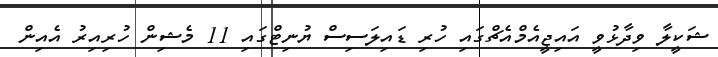
ޝަކީލާ ވިދާޅުވީ އައިޖީއެމްއެޗްގައި ހުރި ޑައިލަސިސް ޔުނިޓްގައި 11 މެޝިން ހުރިއިރު އެއިން